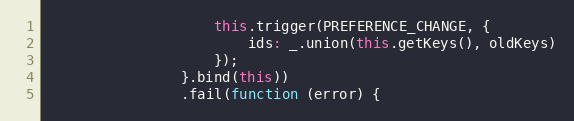
Language: JavaScript
                    this.trigger(PREFERENCE_CHANGE, {
                        ids: _.union(this.getKeys(), oldKeys)
                    });
                }.bind(this))
                .fail(function (error) {